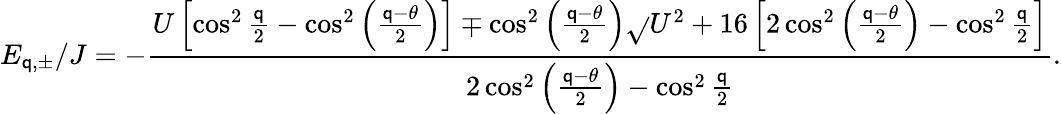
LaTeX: E_{\mathsf{q},\pm}/J=-\frac{{U\left[\cos^{2}\frac{{\mathsf{q}}}{{2}}-\cos^{2}\left(\frac{{\mathsf{q}-\theta}}{{2}}\right)\right]\mp\cos^{2}\left(\frac{{\mathsf{q}-\theta}}{{2}}\right)\sqrt{}{{U^{2}+16\left[2\cos^{2}\left(\frac{{\mathsf{q}-\theta}}{{2}}\right)-\cos^{2}\frac{{\mathsf{q}}}{{2}}\right]}}}}{{2\cos^{2}\left(\frac{{\mathsf{q}-\theta}}{{2}}\right)-\cos^{2}\frac{{\mathsf{q}}}{{2}}}}.